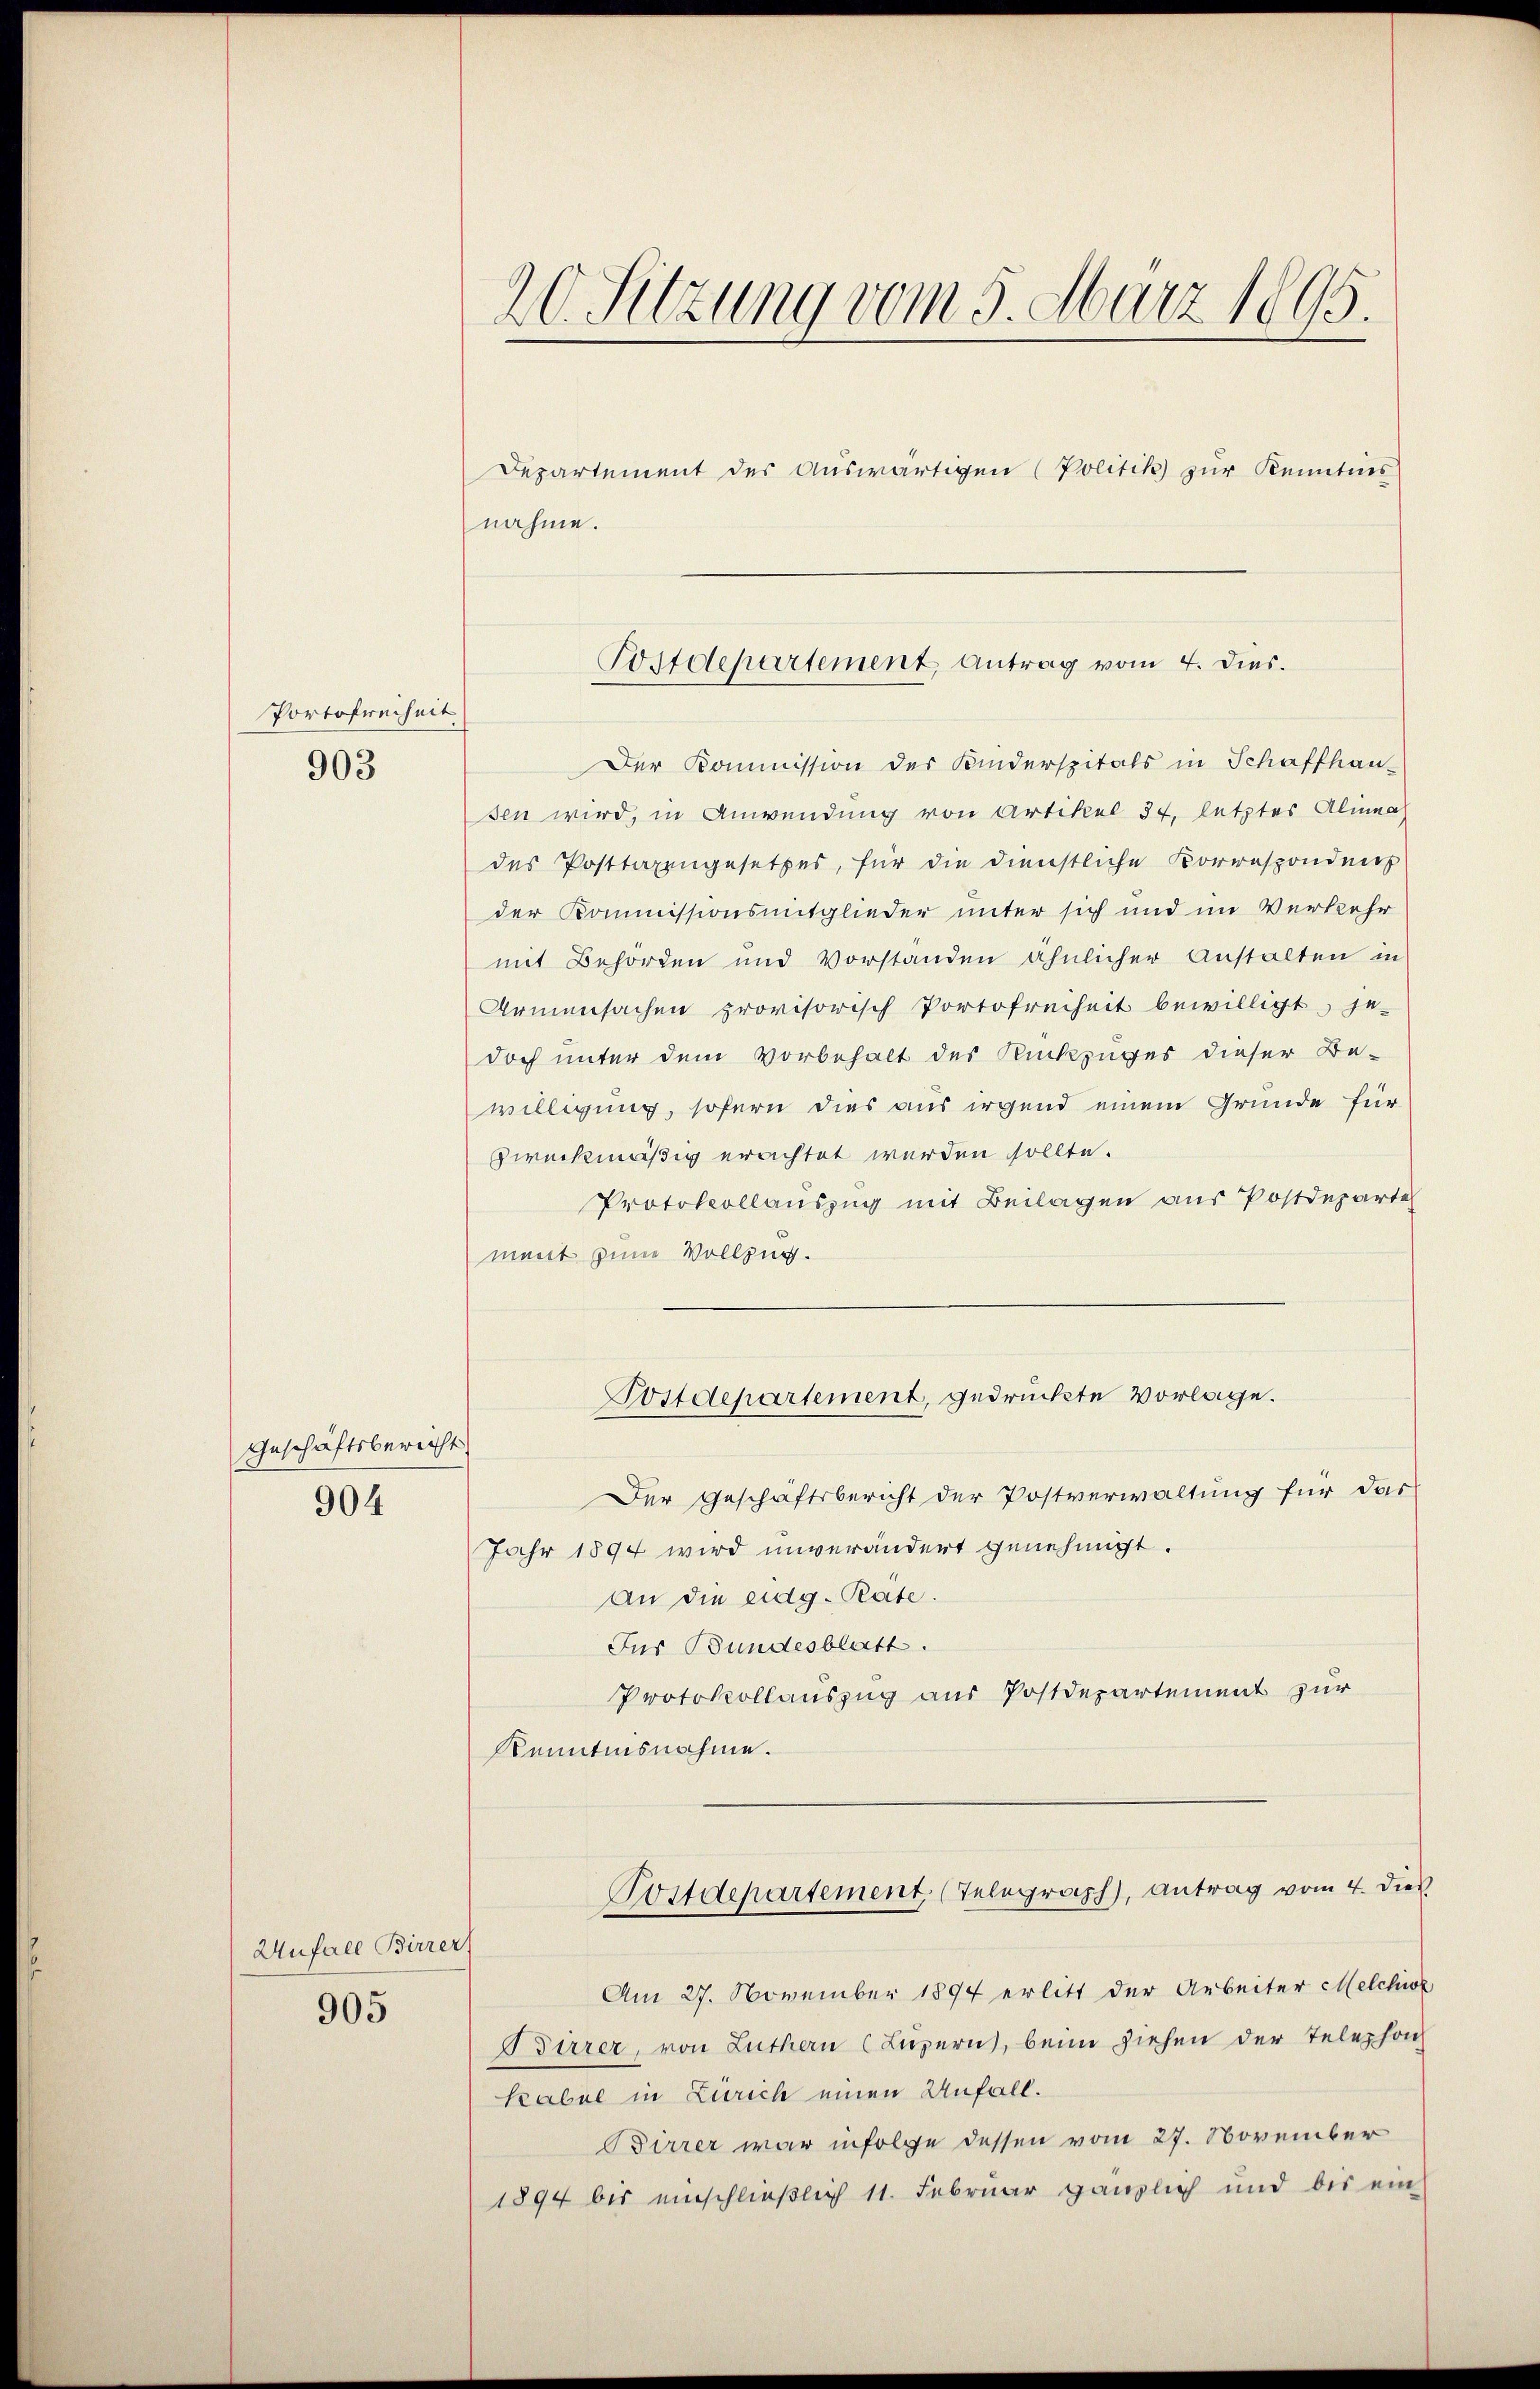
Portofreiheit
903

Geschäftsbericht
904

Unfall Birrer

905

Departement der Aŭswärtigen (Politik zur Kenntnis
nahme.
Der Kommission der Kinderspitals in Schaffhau-
sen wird, in Anwendung von Artikel 34. letztes Alinea
des Posttaxengesetzes, für die dienstliche Korrespondens
der Kommissionsmitglieder unter sich und im Verkehr
mit Behörden und Vorständen ähnlicher Anstalten in
Armensachen provisorisch Portofreiheit bewilligt, je-
doch unter dem Vorbehalt der Rückzuges dieser Be-
willigung, sofern dies aus irgend einem Grunde für
zweckmäßig erachtet werden sollte.
Protokollauszug mit Beilagen aus Postdeparte
ment seine Vollzug.
Postdepartement, gedruckte Vorlage.
Der Geschäftsbericht der Postverwaltung für das
Jahr 1894 wird unverändert genehmigt.
An die eidg. Rate.
Jus Bundesblatt.
Protokollauszug aus Postdepartement zur
Kenntnisnahme.
Postdepartement, (Telegraph, Antrag vom 4. dies
Am 27. November 1894 erlitt der Arbeiter Melchior
Birrer, von Luthern (Luzern, beim ziehen der Telephon
Kabel in Zürich einen Anfall.
Birrer war infolge dessen vom 27. November
1894 bis einschließlich 11. Februar gänzlich und bis ein

20. Sitzung vom 5. März 1895.

Postdepartement Antrag vom 4. Dies.